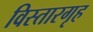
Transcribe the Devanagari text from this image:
विस्तारगृह